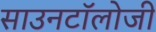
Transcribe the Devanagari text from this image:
साउनटॉलोजी